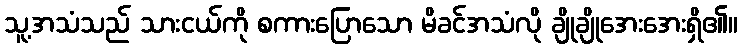
သူ့အသံသည် သားငယ်ကို စကားပြောသော မိခင်အသံလို ချိုချိုအေးအေးရှိ၏။